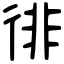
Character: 徘